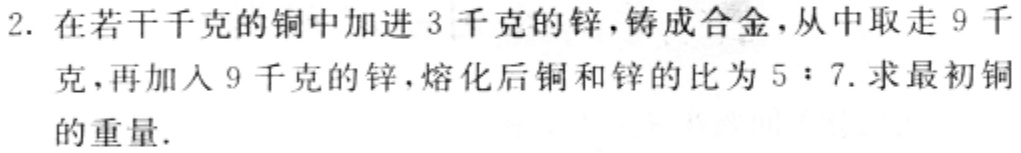
2. 在若干千克的铜中加进 3 千克的锌，铸成合金，从中取走 9 千克，再加入 9 千克的锌，熔化后铜和锌的比为 \(5:7\). 求最初铜的重量.